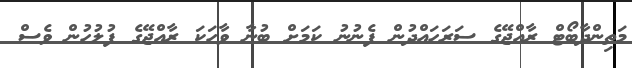
މަތިންދާބޯޓް ރާއްޖޭގެ ސަރަހައްދުން ފެނުނު ކަމަށް ބުނާ ވާހަކަ ރާއްޖޭގެ ފުލުހުން ވެސް